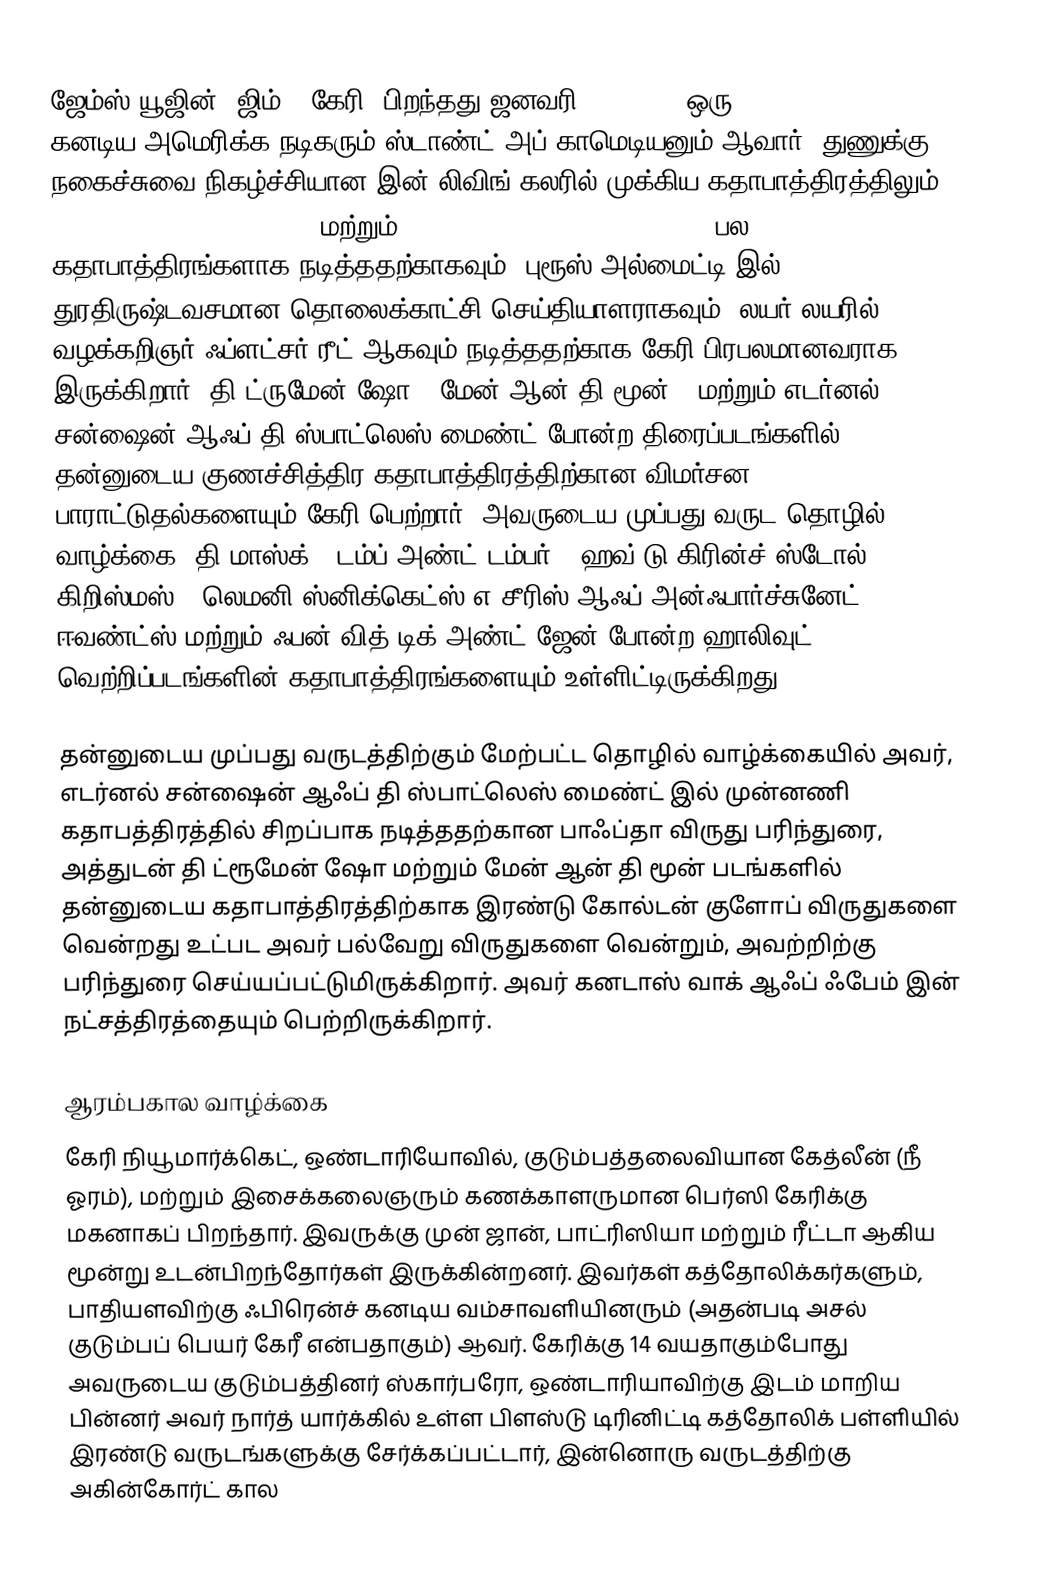
ஜேம்ஸ் யூஜின் "ஜிம் " கேரி (பிறந்தது ஜனவரி 17, 1962) ஒரு கனடிய-அமெரிக்க நடிகரும் ஸ்டாண்ட்-அப் காமெடியனும் ஆவார். துணுக்கு நகைச்சுவை நிகழ்ச்சியான இன் லிவிங் கலரில் முக்கிய கதாபாத்திரத்திலும், Ace Ventura: Pet Detective மற்றும் Ace Ventura: When Nature Calls பல கதாபாத்திரங்களாக நடித்ததற்காகவும், புரூஸ் அல்மைட்டி இல் துரதிருஷ்டவசமான தொலைக்காட்சி செய்தியாளராகவும், லயர் லயரில் வழக்கறிஞர் ஃப்ளட்சர் ரீட் ஆகவும் நடித்ததற்காக கேரி பிரபலமானவராக இருக்கிறார். தி ட்ருமேன் ஷோ , மேன் ஆன் தி மூன் , மற்றும் எடர்னல் சன்ஷைன் ஆஃப் தி ஸ்பாட்லெஸ் மைண்ட் போன்ற திரைப்படங்களில் தன்னுடைய குணச்சித்திர கதாபாத்திரத்திற்கான விமர்சன பாராட்டுதல்களையும் கேரி பெற்றார். அவருடைய முப்பது வருட தொழில் வாழ்க்கை, தி மாஸ்க் , டம்ப் அண்ட் டம்பர் , ஹவ் டு கிரின்ச் ஸ்டோல் கிறிஸ்மஸ் , லெமனி ஸ்னிக்கெட்ஸ் எ சீரிஸ் ஆஃப் அன்ஃபார்ச்சுனேட் ஈவண்ட்ஸ் மற்றும் ஃபன் வித் டிக் அண்ட் ஜேன் போன்ற ஹாலிவுட் வெற்றிப்படங்களின் கதாபாத்திரங்களையும் உள்ளிட்டிருக்கிறது.

தன்னுடைய முப்பது வருடத்திற்கும் மேற்பட்ட தொழில் வாழ்க்கையில் அவர், எடர்னல் சன்ஷைன் ஆஃப் தி ஸ்பாட்லெஸ் மைண்ட் இல் முன்னணி கதாபத்திரத்தில் சிறப்பாக நடித்ததற்கான பாஃப்தா விருது பரிந்துரை, அத்துடன் தி ட்ரூமேன் ஷோ மற்றும் மேன் ஆன் தி மூன் படங்களில் தன்னுடைய கதாபாத்திரத்திற்காக இரண்டு கோல்டன் குளோப் விருதுகளை வென்றது உட்பட அவர் பல்வேறு விருதுகளை வென்றும், அவற்றிற்கு பரிந்துரை செய்யப்பட்டுமிருக்கிறார். அவர் கனடாஸ் வாக் ஆஃப் ஃபேம் இன் நட்சத்திரத்தையும் பெற்றிருக்கிறார்.

ஆரம்பகால வாழ்க்கை
கேரி நியூமார்க்கெட், ஒண்டாரியோவில், குடும்பத்தலைவியான கேத்லீன் (நீ ஓரம்), மற்றும் இசைக்கலைஞரும் கணக்காளருமான பெர்ஸி கேரிக்கு மகனாகப் பிறந்தார். இவருக்கு முன் ஜான், பாட்ரிஸியா மற்றும் ரீட்டா ஆகிய மூன்று உடன்பிறந்தோர்கள் இருக்கின்றனர். இவர்கள் கத்தோலிக்கர்களும், பாதியளவிற்கு ஃபிரென்ச் கனடிய வம்சாவளியினரும் (அதன்படி அசல் குடும்பப் பெயர் கேரீ என்பதாகும்) ஆவர். கேரிக்கு 14 வயதாகும்போது அவருடைய குடும்பத்தினர்  ஸ்கார்பரோ, ஒண்டாரியாவிற்கு இடம் மாறிய பின்னர் அவர் நார்த் யார்க்கில் உள்ள பிளஸ்டு டிரினிட்டி கத்தோலிக் பள்ளியில் இரண்டு வருடங்களுக்கு சேர்க்கப்பட்டார், இன்னொரு வருடத்திற்கு அகின்கோர்ட் கால